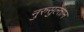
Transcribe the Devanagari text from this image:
नुरुसुल्तान